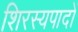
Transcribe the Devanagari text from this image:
शिरस्यपादों